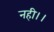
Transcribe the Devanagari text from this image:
नही।।